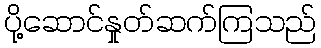
ပို့ဆောင်နှုတ်ဆက်ကြသည်